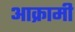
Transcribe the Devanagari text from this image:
आक्रामी